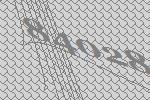
84028